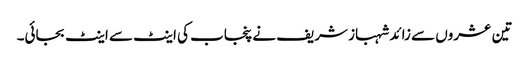
تین عشروں سے زائد شہباز شریف نے پنجاب کی اینٹ سے اینٹ بجائی۔